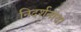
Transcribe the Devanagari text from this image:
निदर्शनांचा